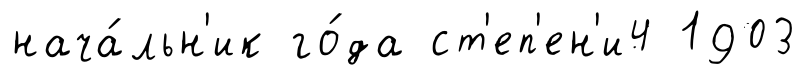
нача́льн'ик го́да ст'еп'ен'и4 1903